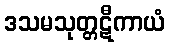
ဒသမသုတ္တဋီကာယံ